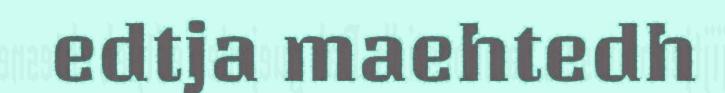
edtja maehtedh